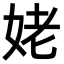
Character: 姥